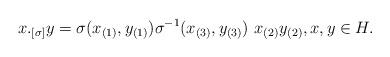
LaTeX: \begin{align*} x._{[\sigma]}y = \sigma(x_{(1)}, y_{(1)}) \sigma^{-1}(x_{(3)},y_{(3)})\, \, x_{(2)}y_{(2)}, x,y\in H.\end{align*}